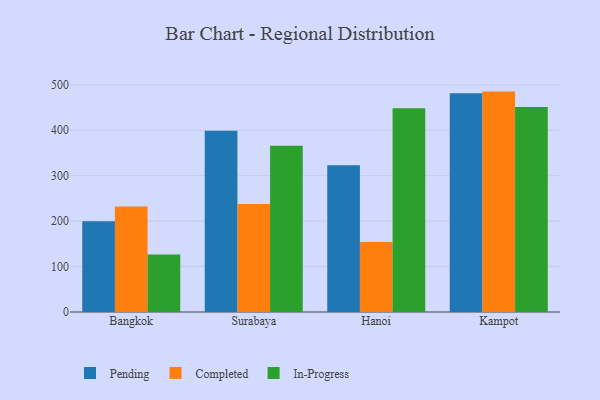
{"axis": {"x": "City", "y": "Demand Index"}, "legend": ["Completed", "In-Progress", "Pending"], "data": [{"x": "Bangkok", "y": 199.5, "type": "Pending"}, {"x": "Bangkok", "y": 232.0, "type": "Completed"}, {"x": "Bangkok", "y": 126.8, "type": "In-Progress"}, {"x": "Surabaya", "y": 399.1, "type": "Pending"}, {"x": "Surabaya", "y": 237.9, "type": "Completed"}, {"x": "Surabaya", "y": 365.7, "type": "In-Progress"}, {"x": "Hanoi", "y": 323.2, "type": "Pending"}, {"x": "Hanoi", "y": 154.1, "type": "Completed"}, {"x": "Hanoi", "y": 448.7, "type": "In-Progress"}, {"x": "Kampot", "y": 481.7, "type": "Pending"}, {"x": "Kampot", "y": 485.1, "type": "Completed"}, {"x": "Kampot", "y": 451.4, "type": "In-Progress"}]}